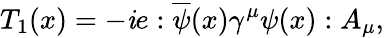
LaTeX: T_{1}(x)=-\mathit{i}e:\overline{{{{\psi}}}}(x)\gamma^{\mu}\psi(x):A_{\mu},